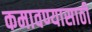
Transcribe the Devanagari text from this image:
कमावण्यासाठी